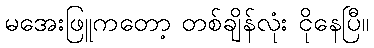
မအေးဖြူကတော့ တစ်ချိန်လုံး ငိုနေပြီ။